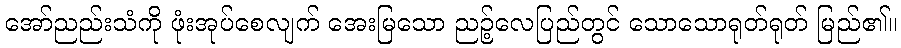
အော်ညည်းသံကို ဖုံးအုပ်စေလျက် အေးမြသော ညဉ့်လေပြည်တွင် သောသောရုတ်ရုတ် မြည်၏။